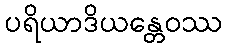
ပရိယာဒိယန္တေဝဿ